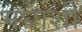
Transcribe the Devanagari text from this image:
मघाशी